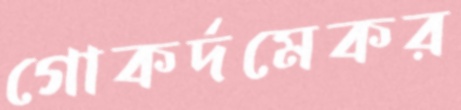
গোকর্দমেকর